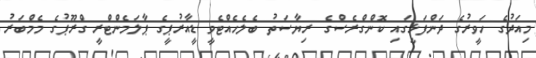
މިއަދުގެ ހަވީރުގެ ދަންފަޅީގައި ކޮންގްރެސްގެ ރިޔާސަތު ބެލެހެއްޓެވީ ޑީއާރުޕީގެ ޕާލަމެންޓްރީ ގްރޫޕުގެ މެމްބަރު